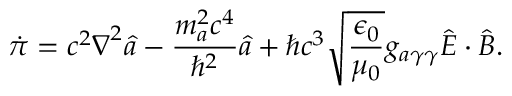
\dot { \pi } = c ^ { 2 } \boldsymbol \nabla ^ { 2 } \hat { a } - \frac { m _ { a } ^ { 2 } c ^ { 4 } } { \hbar ^ { 2 } } \hat { a } + \hbar c ^ { 3 } \sqrt { \frac { \epsilon _ { 0 } } { \mu _ { 0 } } } g _ { a \gamma \gamma } \hat { \boldsymbol E } \cdot \hat { \boldsymbol B } .